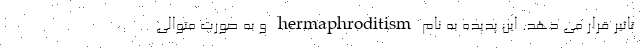
تاثیر قرار می دهد. این پدیده به نام hermaphroditism و به صورت متوالی